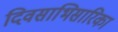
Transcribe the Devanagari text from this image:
दिवसाभिसारिका